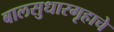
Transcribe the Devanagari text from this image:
बालसुधारगृहाचे